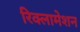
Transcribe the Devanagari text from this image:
रिक्लामेशन